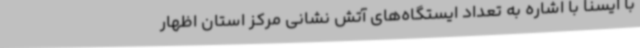
با ایسنا با اشاره به تعداد ایستگاه‌های آتش نشانی مرکز استان اظهار